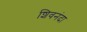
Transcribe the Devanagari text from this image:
शिवनंदा